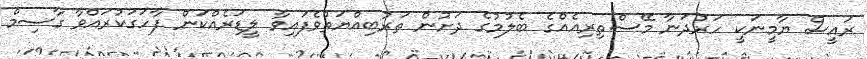
ރައީސް ޔާމީނަކީ ހަރުދަނާ މޭސްތިރިއެއްގެ ބެލުމުގެ ދަށުން ތަރުބިއްޔަތުވެފައިވާ ލީޑަރެއްކަން ފާހަގަކުރައްވާ ގާސިމް